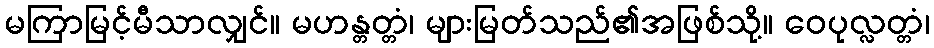
မကြာမြင့်မီသာလျှင်။ မဟန္တတ္တံ၊ များမြတ်သည်၏အဖြစ်သို့။ ဝေပုလ္လတ္တံ၊